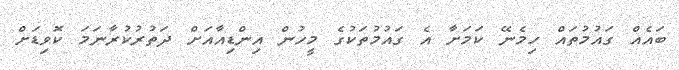
ބައެއް ގައުމުތައް ހިމެނޭ ކަމަށާ އެ ގައުމުތަކުގެ މީހުން އިންޑިއާއަށް ދަތުރުކުރާނަމަ ކޮވިޑަށް